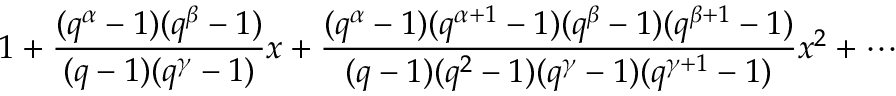
1 + { \frac { ( q ^ { \alpha } - 1 ) ( q ^ { \beta } - 1 ) } { ( q - 1 ) ( q ^ { \gamma } - 1 ) } } x + { \frac { ( q ^ { \alpha } - 1 ) ( q ^ { \alpha + 1 } - 1 ) ( q ^ { \beta } - 1 ) ( q ^ { \beta + 1 } - 1 ) } { ( q - 1 ) ( q ^ { 2 } - 1 ) ( q ^ { \gamma } - 1 ) ( q ^ { \gamma + 1 } - 1 ) } } x ^ { 2 } + \cdots